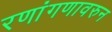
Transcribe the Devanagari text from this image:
रणांगणावरुन